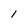
Character: 1